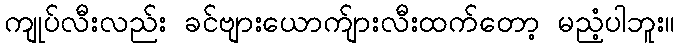
ကျုပ်လီးလည်း ခင်ဗျားယောက်ျားလီးထက်တော့ မညံ့ပါဘူး။